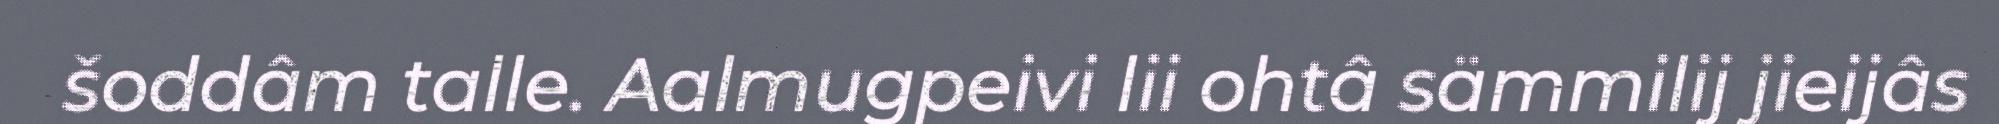
šoddâm talle. Aalmugpeivi lii ohtâ sämmilij jieijâs